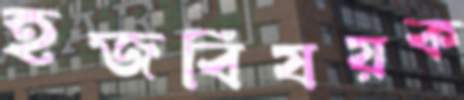
হজবিষয়ক